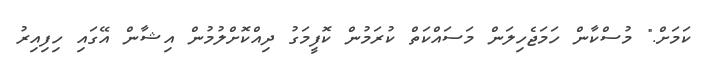
ކަމަށް." މުސްކާން ހަމަޖެހިލަން މަސައްކަތް ކުރަމުން ކޮފީމަގު ދިއްކޮށްލުމުން އިޝާން އޭގައި ހިފިއިރު